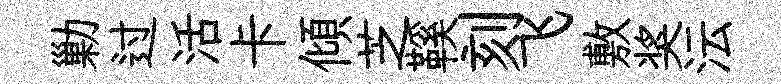
勦过活卡傾芝鞵刻飞敷奖沄